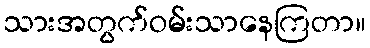
သားအတွက်ဝမ်းသာနေကြတာ။